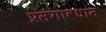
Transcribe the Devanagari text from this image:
प्रसंगावधान